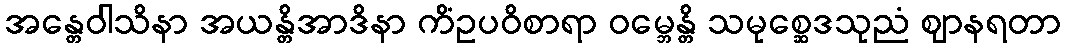
အန္တေဝါသိနာ အယန္တိအာဒိနာ ကိံဥပဝိစာရာ ဝမ္ဘေန္တိ သမုစ္ဆေဒသုညံ ဈာနရတာ